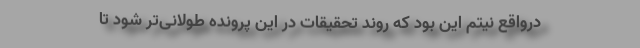
درواقع نیتم این بود که روند تحقیقات در این پرونده طولانی‌تر شود تا